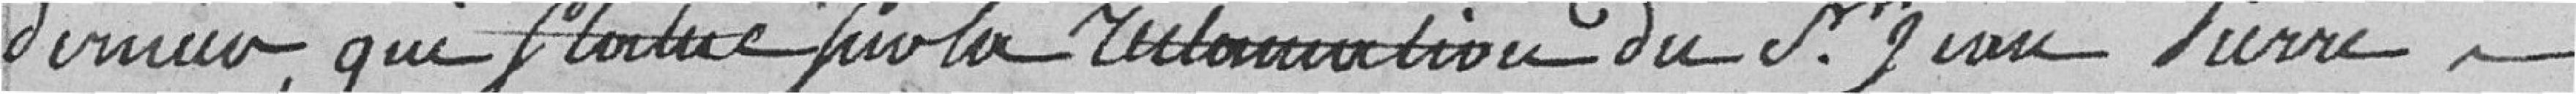
dernier, qui statue sut la réclamation du sieur Jean-Pierre